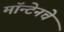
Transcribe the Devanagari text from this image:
मॉन्टेनचे